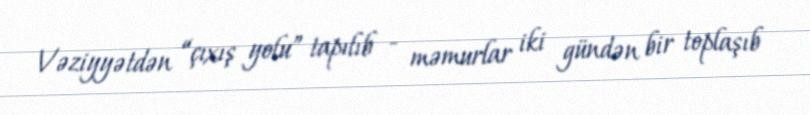
Vəziyyətdən “çıxış yolu” tapılıb - məmurlar iki gündən bir toplaşıb